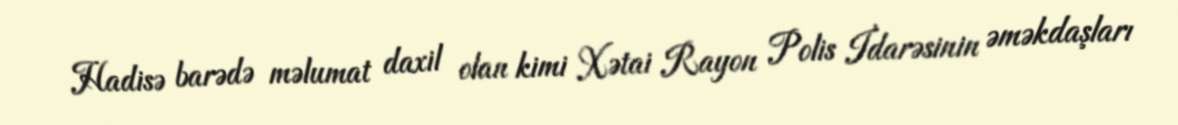
Hadisə barədə məlumat daxil olan kimi Xətai Rayon Polis İdarəsinin əməkdaşları